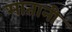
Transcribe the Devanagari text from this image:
मातानी